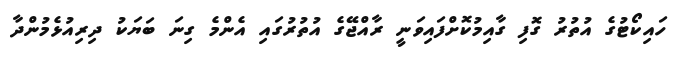
ހައިކޯޓުގެ އުތުރު ގޮފި ގާއިމުކޮށްފައިވަނީ ރާއްޖޭގެ އުތުރުގައި އެންމެ ގިނަ ބަޔަކު ދިރިއުޅެމުންދާ